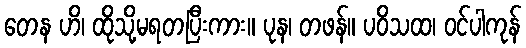
တေန ဟိ၊ ထိုသို့မရတပြီးကား။ ပုန၊ တဖန်။ ပဝိသထ၊ ဝင်ပါကုန်